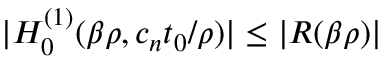
\lvert H _ { 0 } ^ { ( 1 ) } ( \beta \rho , c _ { n } t _ { 0 } / \rho ) \rvert \le \lvert R ( \beta \rho ) \rvert